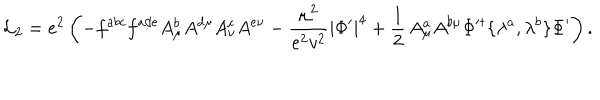
LaTeX: { \cal L } _ { 2 } = e ^ { 2 } \left( - f ^ { a b c } f ^ { a d e } A _ { \mu } ^ { b } A ^ { d \mu } A _ { \nu } ^ { c } A ^ { e \nu } - \frac { \mu ^ { 2 } } { e ^ { 2 } v ^ { 2 } } \left| \Phi ^ { \prime } \right| ^ { 4 } + \frac { 1 } { 2 } \, A _ { \mu } ^ { a } A ^ { b \mu } \Phi ^ { \prime \dagger } \{ \lambda ^ { a } , \lambda ^ { b } \} \Phi ^ { \prime } \right) .